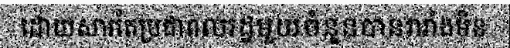
ដោយសារតែប្រជាពលរដ្ឋមួយចំនួនបានរារាំងមិន